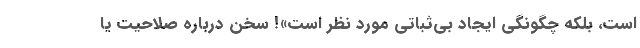
است، بلکه چگونگی ایجاد بی‌ثباتی مورد نظر است»! سخن درباره صلاحیت یا